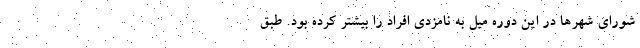
شورای شهرها در این دوره میل به نامزدی افراد را بیشتر کرده بود. طبق